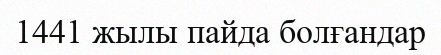
1441 жылы пайда болғандар